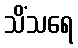
သိံသရေ